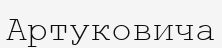
Артуковича